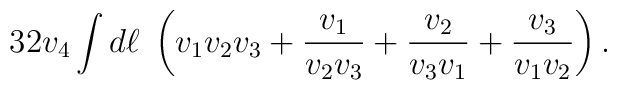
32v_4\int {d\ell}\; \left( v_1v_2v_3+{v_1\over v_2v_3} +{v_2\over v_3v_1}+{v_3\over v_1v_2}\right) .